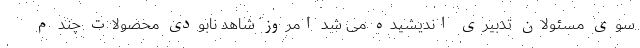
سوی مسئولان تدبیری اندیشیده می شد امروز شاهد نابودی محصولات چند م